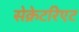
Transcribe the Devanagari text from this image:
सेक्रेटरिएट